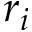
r _ { i }